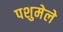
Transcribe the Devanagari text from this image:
पशुमेले